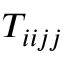
T _ { i i j j }